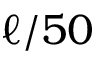
\ell / 5 0